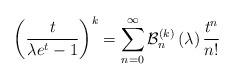
LaTeX: \begin{align*}\left( \frac{t}{\lambda e^{t}-1}\right) ^{k}=\sum_{n=0}^{\infty }\mathcal{B}_{n}^{\left( k\right) }\left( \lambda \right) \frac{t^{n}}{n!}\end{align*}